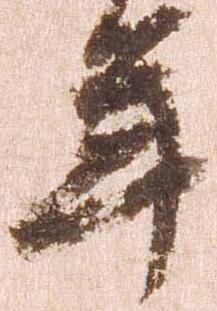
年